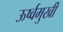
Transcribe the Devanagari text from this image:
ऊर्ष्वमुखी